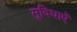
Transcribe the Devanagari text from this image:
सुविधाऍ